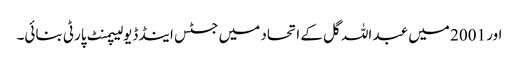
اور 2001 میں عبد اللہ گل کے اتحاد میں جسٹس اینڈ ڈیولیپمنٹ پارٹی بنائی۔